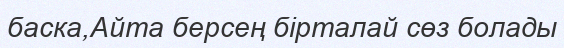
баска,Айта берсең бірталай сөз болады